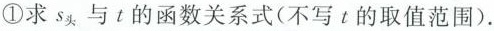
①求S_{头}与t的函数关系式(不写t的取值范围).